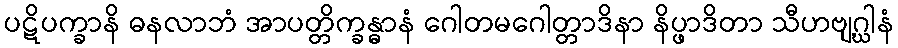
ပဋိပက္ခာနိ ဓနလာဘံ အာပတ္တိက္ခန္ဓာနံ ဂေါတမဂေါတ္တာဒိနာ နိပ္ဖာဒိတာ သီဟဗျဂ္ဃါနံ